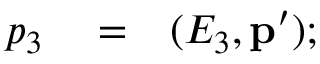
\begin{array} { r l r } { p _ { 3 } } & { { } = } & { ( E _ { 3 } , \mathbf { p } ^ { \prime } ) ; } \end{array}